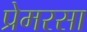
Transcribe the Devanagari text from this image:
प्रेमरसा